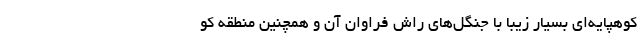
کوهپایه‌ای بسیار زیبا با جنگل‌های راش فراوان آن و همچنین منطقه کو